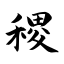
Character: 稷